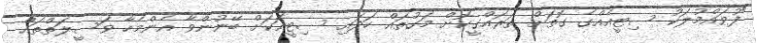
"ފުވައްމުލަކު ސިޓީއެއްގެ ގޮތަށް ތަރައްގީކޮށް މަގުތައް ހަދައި ސިޓީއަކަށް ބޭނުންވާ އެންމެހާ ވަސީލަތްތައް